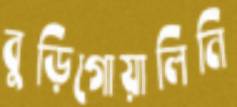
বুড়িগোয়ালিনি